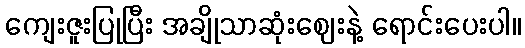
ကျေးဇူးပြုပြီး အချိုသာဆုံးဈေးနဲ့ ရောင်းပေးပါ။